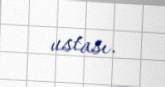
ustası.